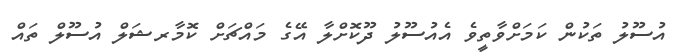
އުސޫލު ތަކުން ކަމަށްވާތީވެ އެއުސޫލު ދޫކޮށްލާ އޭގެ މައްޗަށް ކޮމާރޝަލް އުސޫލް ތައް